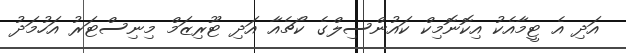
އަދި އެ ޓީމާއެކު އިކޮނޮމިކް ކައުންސިލްގެ ކޯޗެއާ އަދި ޓޫރިޒަމް މިނިސްޓަރު އަހުމަދު